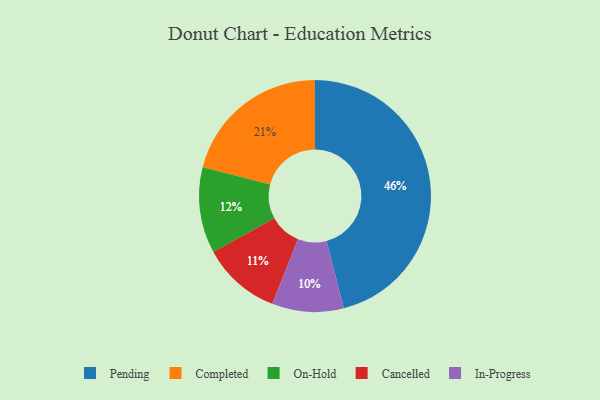
{"axis": {"x": "Category", "y": "Percentage"}, "legend": ["Cancelled", "Completed", "In-Progress", "On-Hold", "Pending"], "data": [{"x": "Pending", "y": 46, "type": "Pending"}, {"x": "On-Hold", "y": 12, "type": "On-Hold"}, {"x": "In-Progress", "y": 10, "type": "In-Progress"}, {"x": "Cancelled", "y": 11, "type": "Cancelled"}, {"x": "Completed", "y": 21, "type": "Completed"}]}